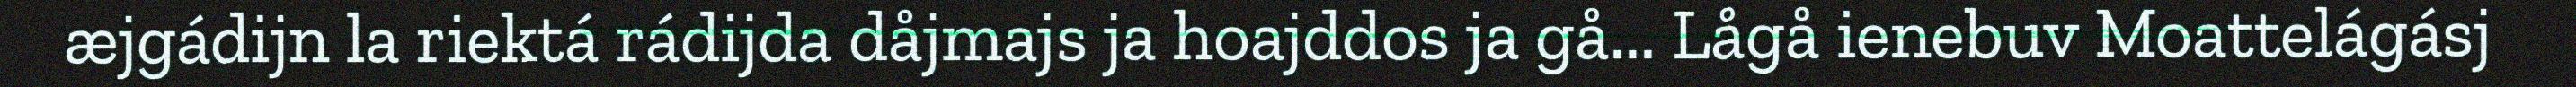
æjgádijn la riektá rádijda dåjmajs ja hoajddos ja gå... Lågå ienebuv Moattelágásj